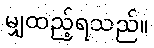
မျှထည့်ရသည်။